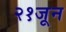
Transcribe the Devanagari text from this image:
२१जून